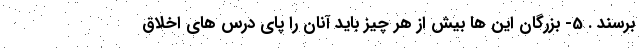
برسند . 5- بزرگان این ها بیش از هر چیز باید آنان را پای درس های اخلاق